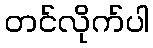
တင်လိုက်ပါ